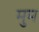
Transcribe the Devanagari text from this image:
मुम